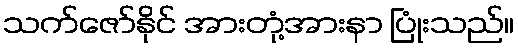
သက်ဇော်နိုင် အားတုံ့အားနာ ပြုံးသည်။